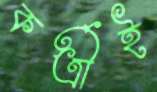
কর্ত্রীই